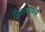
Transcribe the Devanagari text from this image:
ख्रिस्तोफर्स